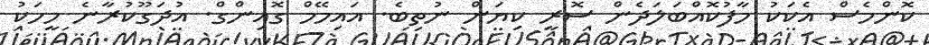
ކޮންމެސް އެކަކު މާފުކޮއްބަލަދެން ސޮރީ ކިޔަން ނުތިބެ. އައިމޭމް ގޮއިންގް. އުދަގޫކުރާނެ މީހަކު